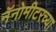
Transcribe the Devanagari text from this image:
नॅनोमीटरच्या